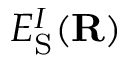
E _ { \mathrm { S } } ^ { I } ( { \bf R } )